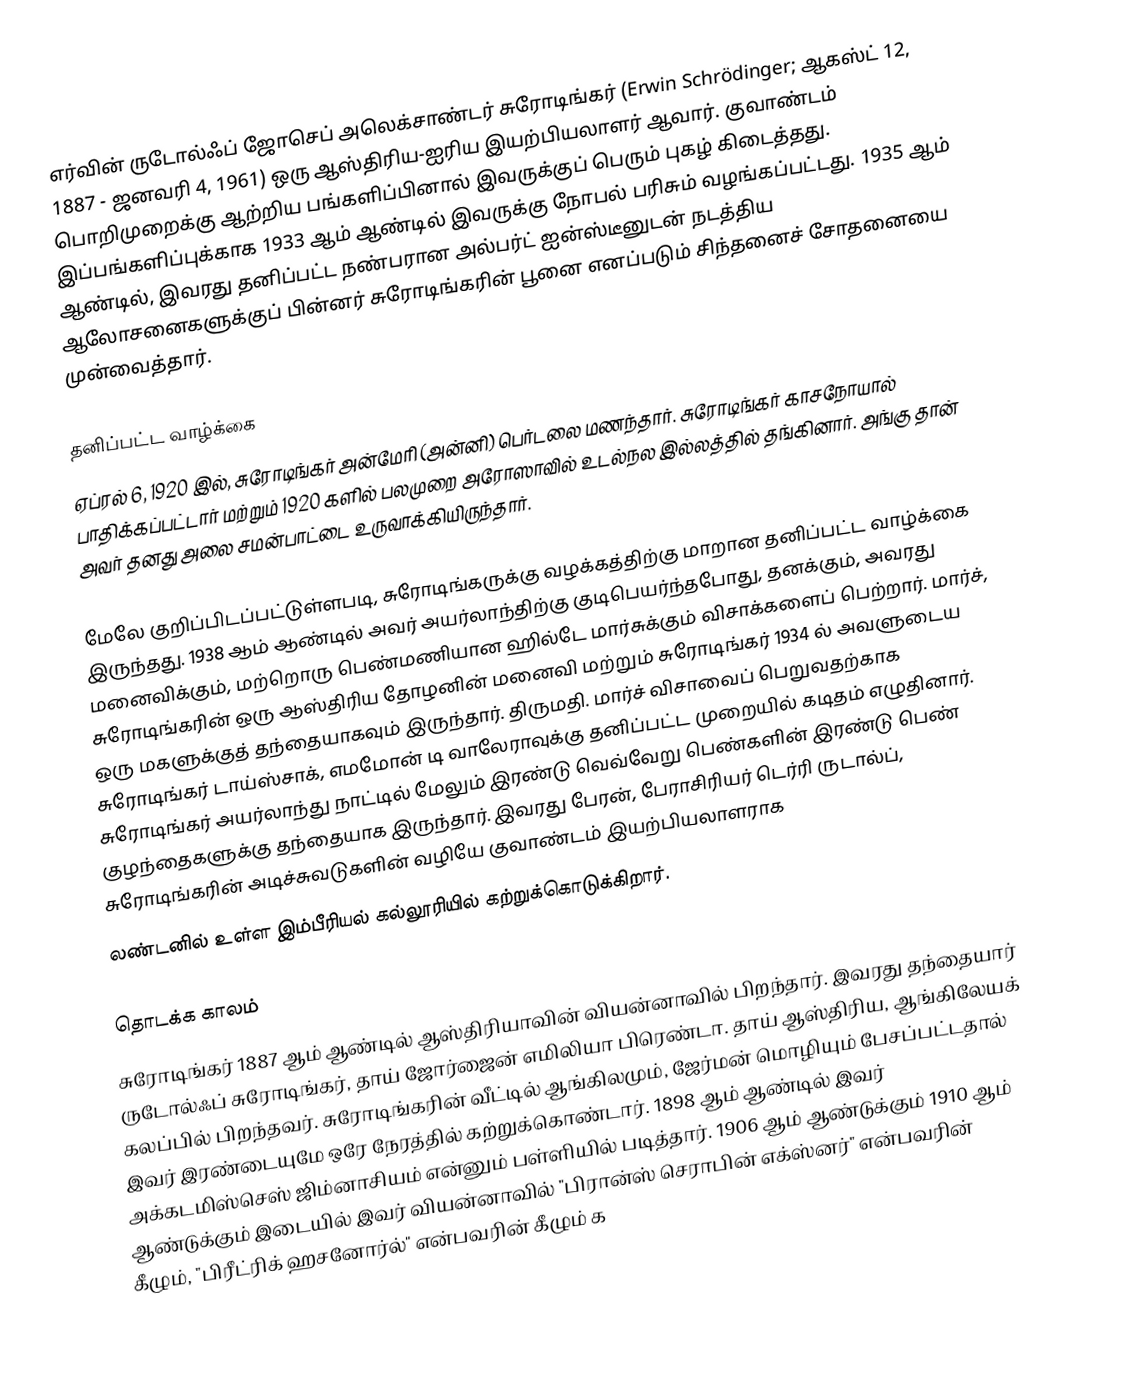
எர்வின் ருடோல்ஃப் ஜோசெப் அலெக்சாண்டர் சுரோடிங்கர் (Erwin Schrödinger; ஆகஸ்ட் 12, 1887 - ஜனவரி 4, 1961) ஒரு ஆஸ்திரிய-ஐரிய இயற்பியலாளர் ஆவார். குவாண்டம் பொறிமுறைக்கு ஆற்றிய பங்களிப்பினால் இவருக்குப் பெரும் புகழ் கிடைத்தது. இப்பங்களிப்புக்காக 1933 ஆம் ஆண்டில் இவருக்கு நோபல் பரிசும் வழங்கப்பட்டது. 1935 ஆம் ஆண்டில், இவரது தனிப்பட்ட நண்பரான அல்பர்ட் ஐன்ஸ்டீனுடன் நடத்திய ஆலோசனைகளுக்குப் பின்னர் சுரோடிங்கரின் பூனை எனப்படும் சிந்தனைச் சோதனையை முன்வைத்தார்.

தனிப்பட்ட வாழ்க்கை
ஏப்ரல் 6, 1920 இல், சுரோடிங்கர் அன்மேரி (அன்னி) பெர்டலை மணந்தார். சுரோடிங்கர் காசநோயால் பாதிக்கப்பட்டார் மற்றும் 1920 களில் பலமுறை அரோஸாவில் உடல்நல இல்லத்தில் தங்கினார். அங்கு தான் அவர் தனது அலை சமன்பாட்டை உருவாக்கியிருந்தார்.

மேலே குறிப்பிடப்பட்டுள்ளபடி, சுரோடிங்கருக்கு வழக்கத்திற்கு மாறான தனிப்பட்ட வாழ்க்கை இருந்தது. 1938 ஆம் ஆண்டில் அவர் அயர்லாந்திற்கு குடிபெயர்ந்தபோது, தனக்கும், அவரது மனைவிக்கும், மற்றொரு பெண்மணியான ஹில்டே மார்சுக்கும் விசாக்களைப் பெற்றார். மார்ச், சுரோடிங்கரின் ஒரு ஆஸ்திரிய தோழனின் மனைவி மற்றும் சுரோடிங்கர் 1934 ல் அவளுடைய ஒரு மகளுக்குத் தந்தையாகவும் இருந்தார். திருமதி. மார்ச் விசாவைப் பெறுவதற்காக சுரோடிங்கர் டாய்ஸ்சாக், எமமோன் டி வாலேராவுக்கு தனிப்பட்ட முறையில் கடிதம் எழுதினார். சுரோடிங்கர் அயர்லாந்து நாட்டில் மேலும் இரண்டு வெவ்வேறு பெண்களின் இரண்டு பெண் குழந்தைகளுக்கு தந்தையாக இருந்தார். இவரது பேரன், பேராசிரியர் டெர்ரி ருடால்ப், சுரோடிங்கரின் அடிச்சுவடுகளின் வழியே குவாண்டம் இயற்பியலாளராக
லண்டனில் உள்ள இம்பீரியல் கல்லூரியில் கற்றுக்கொடுக்கிறார்.

தொடக்க காலம்
சுரோடிங்கர் 1887 ஆம் ஆண்டில் ஆஸ்திரியாவின் வியன்னாவில் பிறந்தார். இவரது தந்தையார் ருடோல்ஃப் சுரோடிங்கர், தாய் ஜோர்ஜைன் எமிலியா பிரெண்டா. தாய் ஆஸ்திரிய, ஆங்கிலேயக் கலப்பில் பிறந்தவர். சுரோடிங்கரின் வீட்டில் ஆங்கிலமும், ஜேர்மன் மொழியும் பேசப்பட்டதால் இவர் இரண்டையுமே ஒரே நேரத்தில் கற்றுக்கொண்டார். 1898 ஆம் ஆண்டில் இவர் அக்கடமிஸ்செஸ் ஜிம்னாசியம் என்னும் பள்ளியில் படித்தார். 1906 ஆம் ஆண்டுக்கும் 1910 ஆம் ஆண்டுக்கும் இடையில் இவர் வியன்னாவில் "பிரான்ஸ் செராபின் எக்ஸ்னர்" என்பவரின் கீழும், "பிரீட்ரிக் ஹசனோர்ல்" என்பவரின் கீழும் க